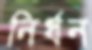
নির্ধন